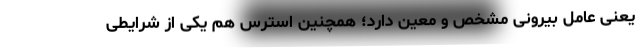
یعنی عامل بیرونی مشخص و معین دارد؛‌ همچنین استرس هم یکی از شرایطی